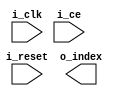
module sequency_order(i_clk, i_ce, i_reset, o_index);
    parameter   L_WIDTH      = 3;

    input wire i_clk;
    input wire i_ce;
    input wire i_reset;
    output wire [L_WIDTH-1:0] o_index;

    reg  [L_WIDTH-1:0] binary_value = {{L_WIDTH-1{1'b0}},1'b1};
    reg  [L_WIDTH-1:0] gray_value   = {L_WIDTH{1'b0}};

    always @(posedge i_clk)
      if (i_reset) begin
         binary_value <= {{L_WIDTH-1{1'b0}},1'b1};
         gray_value <= {L_WIDTH{1'b0}};
      end
      else if (i_ce) begin
         binary_value <= binary_value + 1;
         gray_value <= (binary_value >> 1) ^ binary_value;
      end

     /*bit_reversal*/
     /*genvar i;
     generate
      for ( i = 0; i < L_WIDTH; i = i + 1)
        begin
          assign o_index[L_WIDTH-i] = gray_value[i];
        end
    endgenerate
    */
    assign o_index[11] = gray_value[0];
    assign o_index[10] = gray_value[1];
    assign o_index[9] = gray_value[2];
    assign o_index[8] = gray_value[3];
    assign o_index[7] = gray_value[4];
    assign o_index[6] = gray_value[5];
    assign o_index[5] = gray_value[6];
    assign o_index[4] = gray_value[7];
    assign o_index[3] = gray_value[8];
    assign o_index[2] = gray_value[9];
    assign o_index[1] = gray_value[10];
    assign o_index[0] = gray_value[11];



endmodule